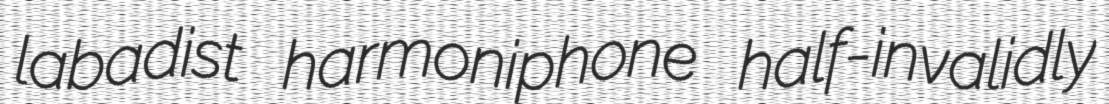
labadist harmoniphone half-invalidly